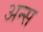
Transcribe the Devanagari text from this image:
अन्स